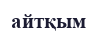
айтқым